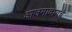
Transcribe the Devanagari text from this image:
आजमावायचे